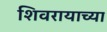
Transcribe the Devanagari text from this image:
शिवरायाच्या